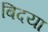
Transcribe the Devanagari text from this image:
बिदया